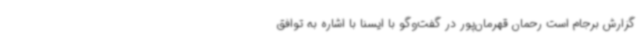
گزارش برجام است رحمان قهرمان‌پور در گفت‌وگو با ایسنا با اشاره به توافق